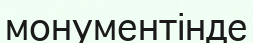
монументінде